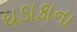
ધડાકાના